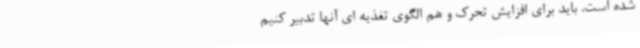
شده است. باید برای افزایش تحرک و هم الگوی تغذیه ای آنها تدبیر کنیم